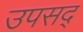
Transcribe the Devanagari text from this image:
उपसद्